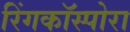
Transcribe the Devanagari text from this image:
रिंगकॉस्पोरा